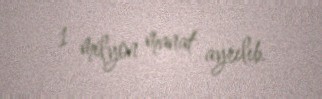
1 milyon manat ayrılıb.